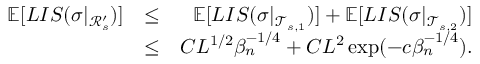
\begin{array} { r l r } { \mathbb { E } [ L I S ( \sigma | _ { \mathcal { R } _ { s } ^ { \prime } } ) ] } & { \leq } & { \mathbb { E } [ L I S ( \sigma | _ { \mathcal { T } _ { s , 1 } } ) ] + \mathbb { E } [ L I S ( \sigma | _ { \mathcal { T } _ { s , 2 } } ) ] } \\ & { \leq } & { C L ^ { 1 \slash 2 } \beta _ { n } ^ { - 1 \slash 4 } + C L ^ { 2 } \exp ( - c \beta _ { n } ^ { - 1 \slash 4 } ) . } \end{array}